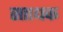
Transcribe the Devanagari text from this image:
सााधक